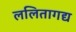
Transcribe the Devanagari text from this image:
ललितागद्य